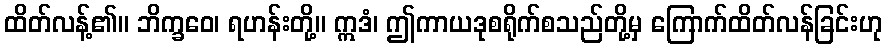
ထိတ်လန့်၏။ ဘိက္ခဝေ၊ ရဟန်းတို့။ ဣဒံ၊ ဤကာယဒုစရိုက်စသည်တို့မှ ကြောက်ထိတ်လန်ခြင်းဟု